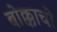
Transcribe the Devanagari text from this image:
बोक्काचो